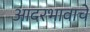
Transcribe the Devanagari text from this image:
आदरभावाचे